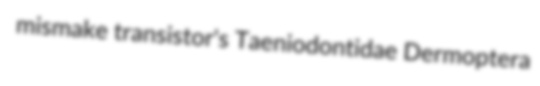
mismake transistor's Taeniodontidae Dermoptera